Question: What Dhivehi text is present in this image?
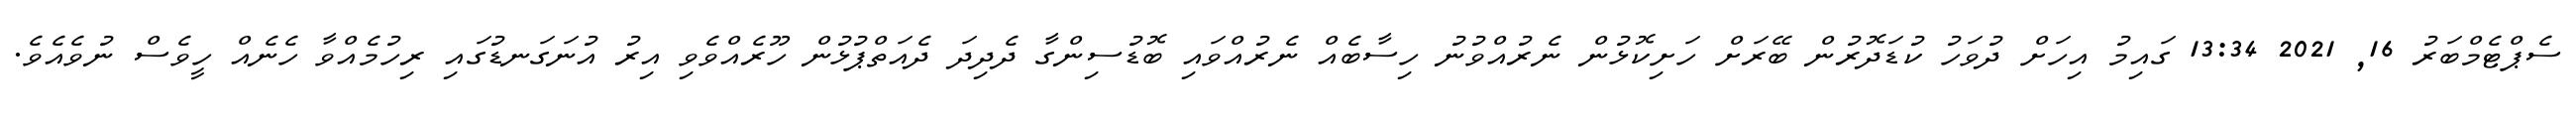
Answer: ސެޕްޓެމްބަރު 16, 2021 13:34 ގައިމު އިހަށް ދުވަހު ކުޑަދޮރުން ބޭރަށް ހަށިކޮޅުން ނެރުއްވުނު ހިސާބެއް ނެރުއްވައި ބޮޑުސިންގާ ދެދިދަ ދެއަތްޕުޅުން ހޫރެއްވެވި އިރު އުނަގަނޑުގައި ރިހުމެއްވާ ހެނެއް ހީވެސް ނުވެއެވެ.